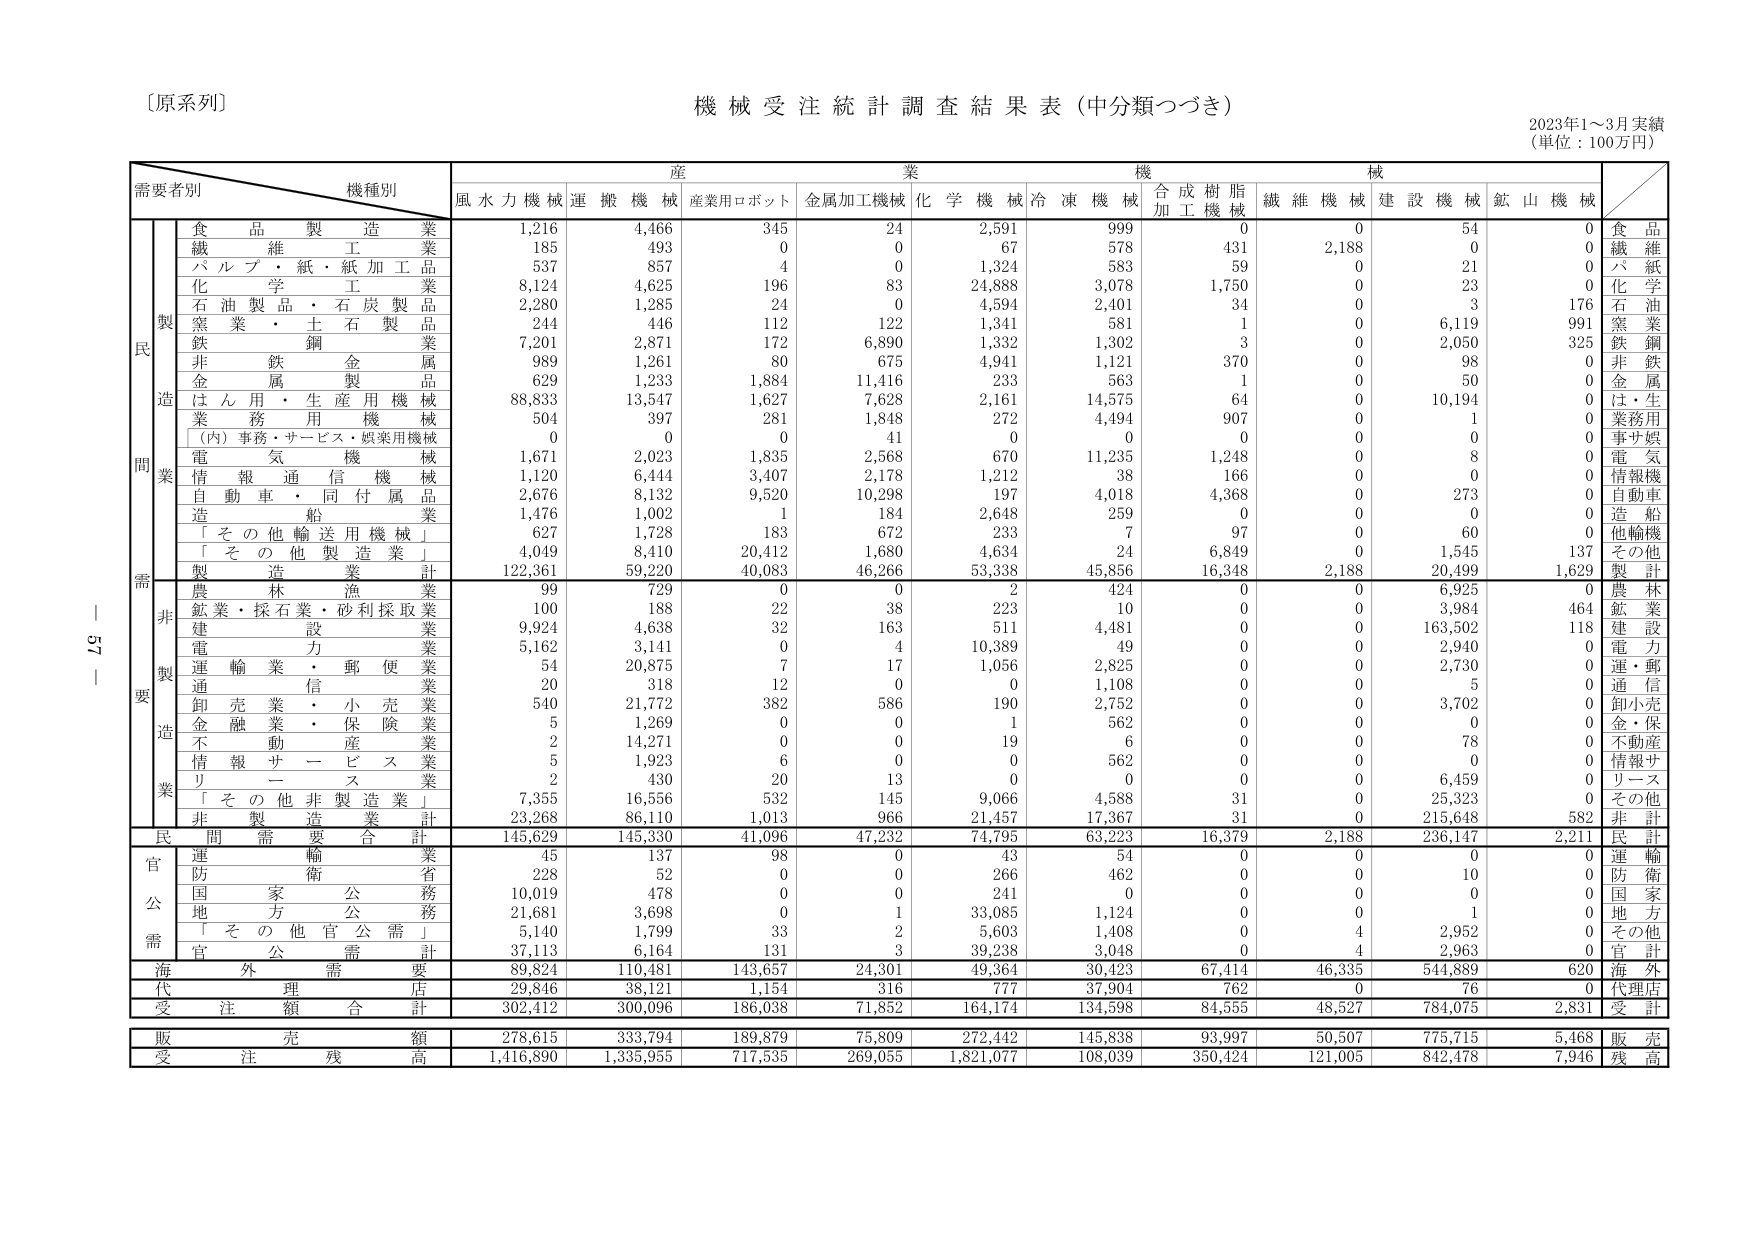
〔原系列〕
機械受注統計調査結果表（中分類つづき）
2023年1～3月実績
（単位：100万円）

需要者別　機種別